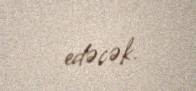
edəcək.